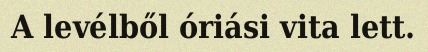
A levélből óriási vita lett.